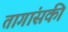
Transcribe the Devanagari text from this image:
तागांसकी